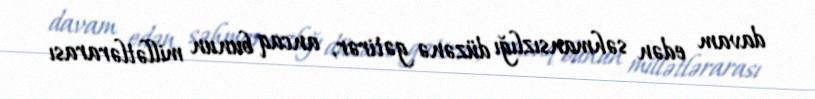
davam edən səhmansızlığı düzənə gətirər, ancaq bunun millətlərarası